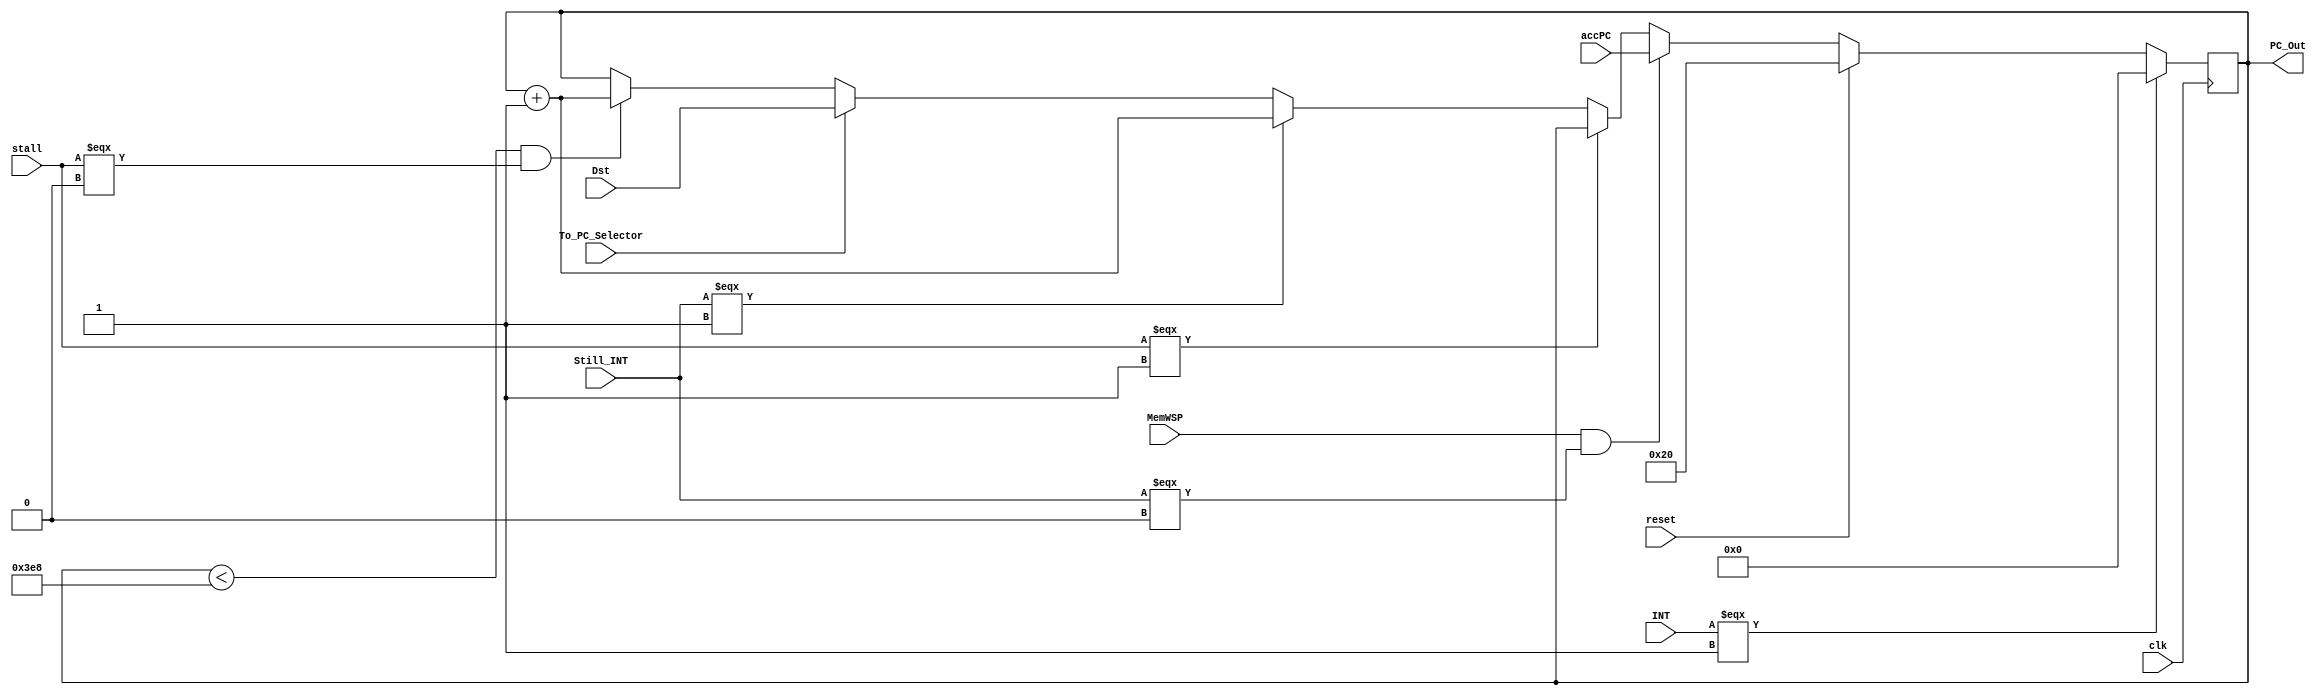
module Program_Counter(reset ,clk, PC_Out, stall,INT,To_PC_Selector,MemWSP,accPC,Dst, Still_INT);
input clk, reset, stall,INT,To_PC_Selector,MemWSP, Still_INT;
input [31:0] accPC,Dst;
output reg[31:0]PC_Out;

always @(posedge clk)
begin
if(INT===1'b1)
begin
    PC_Out=32'd0;
end
else if(reset ==1)
begin
PC_Out = {{26{1'b0}},6'b10_0000};
end
else if(MemWSP==1'b1 && Still_INT===1'b0)
begin
    PC_Out = accPC;
end
else if (stall===1'b1 )
begin
  PC_Out=PC_Out;
end
else if (Still_INT===1'b1)
begin
    PC_Out=PC_Out + 1;
end
else if(To_PC_Selector==1'b1)
begin
    PC_Out = Dst;
end
else if (PC_Out < 1000 && stall===1'b0)begin
PC_Out=PC_Out + 1;
end
end

endmodule